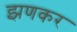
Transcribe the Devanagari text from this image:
झणकर